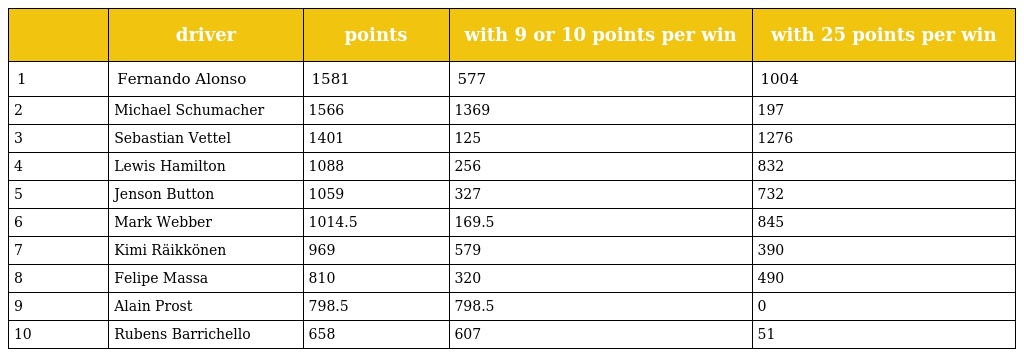
|  | driver | points | with 9 or 10 points per win | with 25 points per win |
 | --- | --- | --- | --- | --- |
 | 1 | Fernando Alonso | 1581 | 577 | 1004 |
 | 2 | Michael Schumacher | 1566 | 1369 | 197 |
 | 3 | Sebastian Vettel | 1401 | 125 | 1276 |
 | 4 | Lewis Hamilton | 1088 | 256 | 832 |
 | 5 | Jenson Button | 1059 | 327 | 732 |
 | 6 | Mark Webber | 1014.5 | 169.5 | 845 |
 | 7 | Kimi Räikkönen | 969 | 579 | 390 |
 | 8 | Felipe Massa | 810 | 320 | 490 |
 | 9 | Alain Prost | 798.5 | 798.5 | 0 |
 | 10 | Rubens Barrichello | 658 | 607 | 51 |